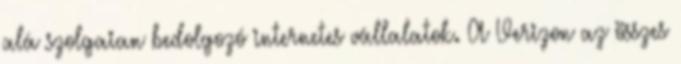
alá szolgaian bedolgozó internetes vállalatok. A Verizon az összes